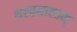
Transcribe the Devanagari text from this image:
भरतनाट्यम्‌